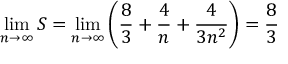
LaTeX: \operatorname* { l i m } _ { n \to \infty } S = \operatorname* { l i m } _ { n \to \infty } \left( { \frac { 8 } { 3 } } + { \frac { 4 } { n } } + { \frac { 4 } { 3 n ^ { 2 } } } \right) = { \frac { 8 } { 3 } }